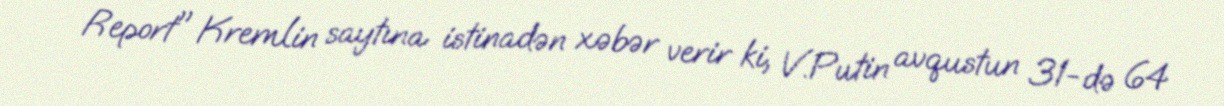
Report" Kremlin saytına istinadən xəbər verir ki, V.Putin avqustun 31-də 64